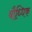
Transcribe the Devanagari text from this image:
बौध्धिक